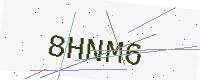
Text: 8HNM6